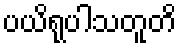
ပယိရုပါသတူတိ